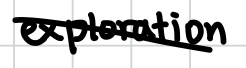
Text: exploration
Cross-out: diagonal
Writing tool: digital_black